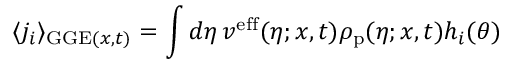
\langle j _ { i } \rangle _ { \mathrm { G G E } ( x , t ) } = \int d \eta \, v ^ { \mathrm { e f f } } ( \eta ; x , t ) \rho _ { \mathrm { p } } ( \eta ; x , t ) h _ { i } ( \theta )